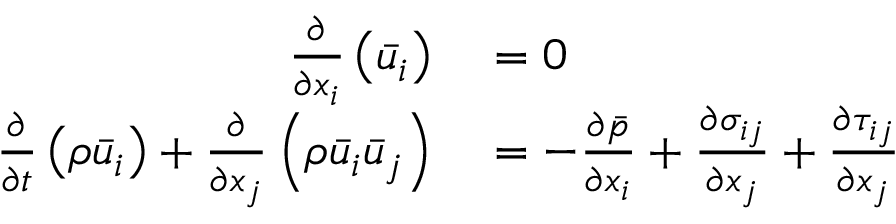
\begin{array} { r l } { \frac { \partial } { \partial x _ { i } } \left( \bar { u } _ { i } \right) } & { { } = 0 } \\ { \frac { \partial } { \partial t } \left( \rho \bar { u } _ { i } \right) + \frac { \partial } { \partial x _ { j } } \left( \rho \bar { u } _ { i } \bar { u } _ { j } \right) } & { { } = - \frac { \partial \bar { p } } { \partial x _ { i } } + \frac { \partial \sigma _ { i j } } { \partial x _ { j } } + \frac { \partial \tau _ { i j } } { \partial x _ { j } } } \end{array}